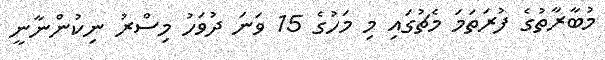
މުބާރާތުގެ ފުރަތަމަ މެޗުގައި މި މަހުގެ 15 ވަނަ ދުވަހު މިސްރު ނިކުންނާނީ